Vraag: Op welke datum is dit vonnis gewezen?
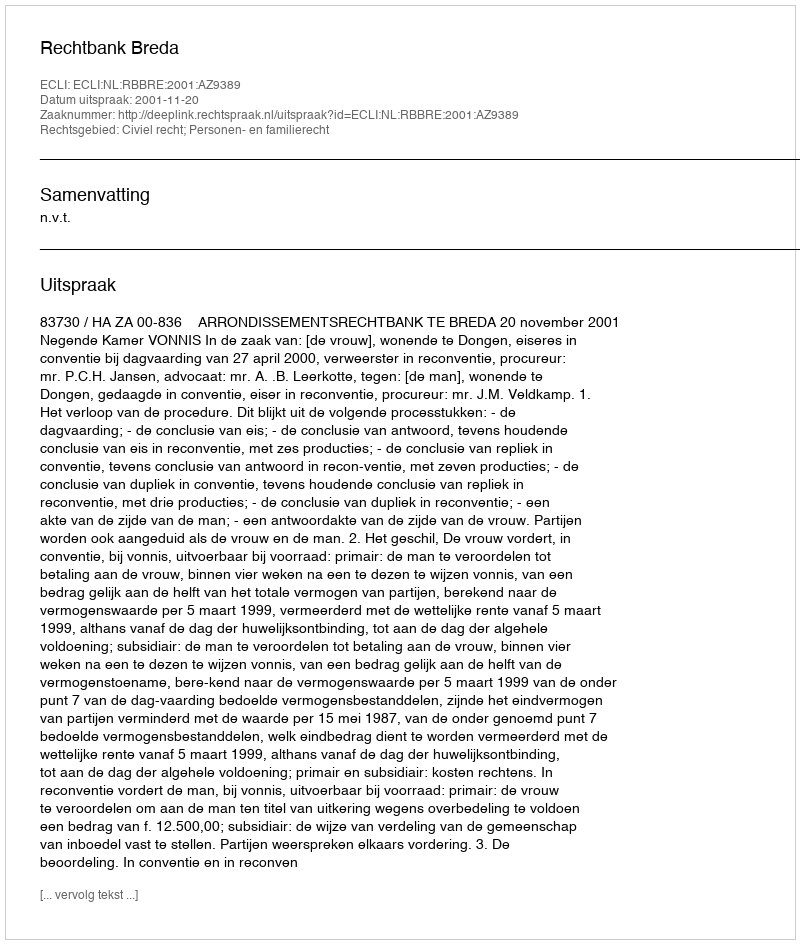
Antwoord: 2001-11-20